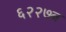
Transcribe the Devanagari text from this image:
६२२७ब